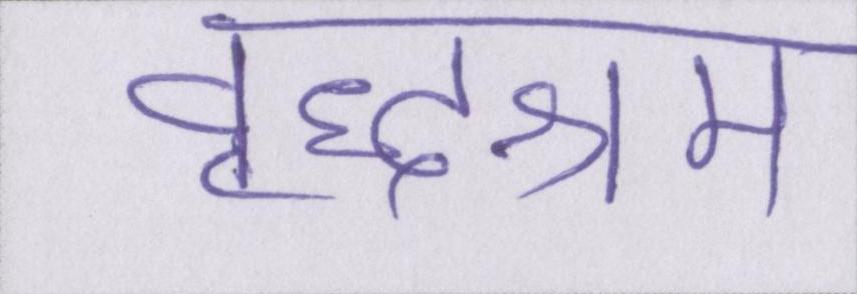
वृद्धाश्रम